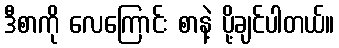
ဒီစာကို လေကြောင်း စာနဲ့ ပို့ချင်ပါတယ်။